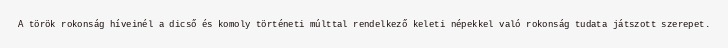
A török rokonság híveinél a dicső és komoly történeti múlttal rendelkező keleti népekkel való rokonság tudata játszott szerepet.